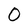
Character: 0